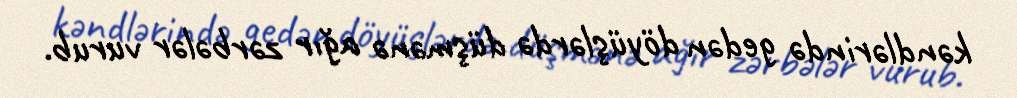
kəndlərində gedən döyüşlərdə düşmənə ağır zərbələr vurub.